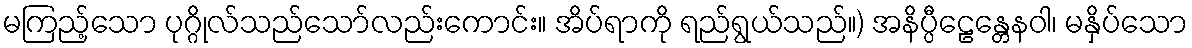
မကြည့်သော ပုဂ္ဂိုလ်သည်သော်လည်းကောင်း။ အိပ်ရာကို ရည်ရွယ်သည်။) အနိပ္ပီဠေန္တေနဝါ၊ မနှိပ်သော